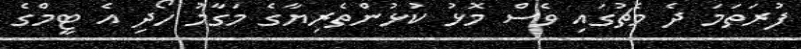
ފުރަތަމަ ދެ މެޗުގައި ވެސް މޮޅު ކުޅުންތެރިޔާގެ މަގާމު ހޯދި އެ ޓީމްގެ